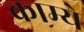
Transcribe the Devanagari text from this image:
काम्ये